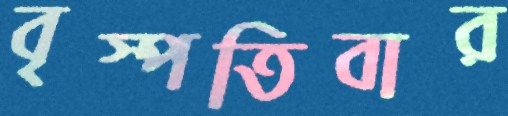
বৃস্পতিবার